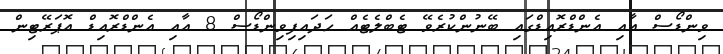
ވިންޑޯސް އާއި އެންޑްރޮއިޑްގައި ބޭނުންކުރެވޭ ޓެބްލެޓެއް ހަދައިފިވިންޑޯސް 8 އާއި އެންޑްރޮއިޑް އޮޕަރޭޓިން